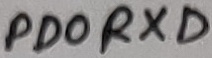
Text: PD0RXD